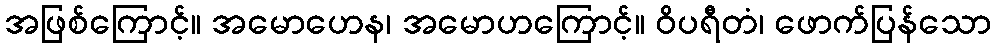
အဖြစ်ကြောင့်။ အမောဟေန၊ အမောဟကြောင့်။ ဝိပရီတံ၊ ဖောက်ပြန်သော